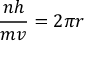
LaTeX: { \frac { n h } { m v } } = 2 \pi r